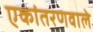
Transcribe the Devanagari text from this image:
एकांतरणवाले